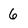
Character: 6